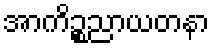
အာကိဉ္စညာယတနာ